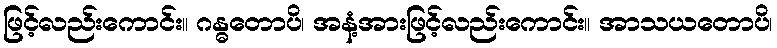
ဖြင့်လည်းကောင်း။ ဂန္ဓတောပိ၊ အနံ့အားဖြင့်လည်းကောင်း။ အာသယတောပိ၊